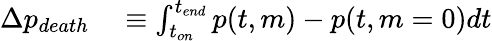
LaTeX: \begin{array}{rl}{\Delta p_{death}}&{{}\equiv\int_{t_{on}}^{t_{end}}p(t,m)-p(t,m=0)dt}\end{array}